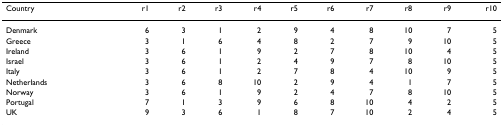
| Country | r1 | r2 | r3 | r4 | r5 | r6 | r7 | r8 | r9 | r10 |
 | --- | --- | --- | --- | --- | --- | --- | --- | --- | --- | --- |
 | Denmark | 6 | 3 | 1 | 2 | 9 | 4 | 8 | 10 | 7 | 5 |
 | Greece | 3 | 1 | 6 | 4 | 8 | 2 | 7 | 9 | 10 | 5 |
 | Ireland | 3 | 6 | 1 | 9 | 2 | 7 | 8 | 10 | 4 | 5 |
 | Israel | 3 | 6 | 1 | 2 | 4 | 9 | 7 | 8 | 10 | 5 |
 | Italy | 3 | 6 | 1 | 2 | 7 | 8 | 4 | 10 | 9 | 5 |
 | Netherlands | 3 | 6 | 8 | 10 | 2 | 9 | 4 | 1 | 7 | 5 |
 | Norway | 3 | 6 | 1 | 9 | 2 | 4 | 7 | 8 | 10 | 5 |
 | Portugal | 7 | 1 | 3 | 9 | 6 | 8 | 10 | 4 | 2 | 5 |
 | UK | 9 | 3 | 6 | 1 | 8 | 7 | 10 | 2 | 4 | 5 |